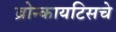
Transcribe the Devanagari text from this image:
ब्रोन्कायटिसचे